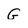
Character: G